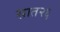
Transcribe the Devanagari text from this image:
सात२६